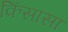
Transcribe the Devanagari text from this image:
किंसासा